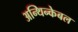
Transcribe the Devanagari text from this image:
अन्थिन्केबल